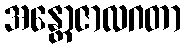
အန္တောဇာလဂတာ